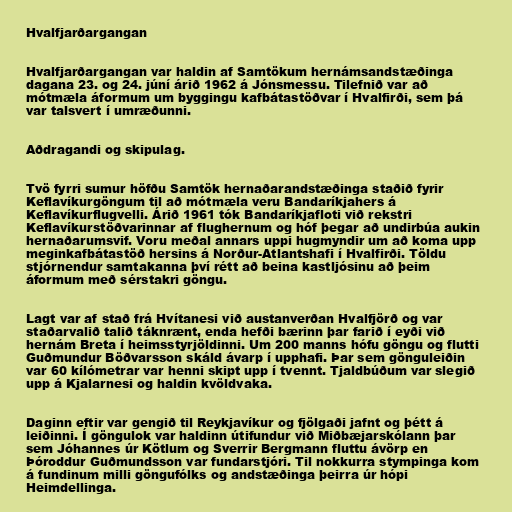
Hvalfjarðargangan

Hvalfjarðargangan var haldin af Samtökum hernámsandstæðinga
dagana 23. og 24. júní árið 1962 á Jónsmessu. Tilefnið var að
mótmæla áformum um byggingu kafbátastöðvar í Hvalfirði, sem þá
var talsvert í umræðunni.

Aðdragandi og skipulag.

Tvö fyrri sumur höfðu Samtök hernaðarandstæðinga staðið fyrir
Keflavíkurgöngum til að mótmæla veru Bandaríkjahers á
Keflavíkurflugvelli. Árið 1961 tók Bandaríkjafloti við rekstri
Keflavíkurstöðvarinnar af flughernum og hóf þegar að undirbúa aukin
hernaðarumsvif. Voru meðal annars uppi hugmyndir um að koma upp
meginkafbátastöð hersins á Norður-Atlantshafi í Hvalfirði. Töldu
stjórnendur samtakanna því rétt að beina kastljósinu að þeim
áformum með sérstakri göngu.

Lagt var af stað frá Hvítanesi við austanverðan Hvalfjörð og var
staðarvalið talið táknrænt, enda hefði bærinn þar farið í eyði við
hernám Breta í heimsstyrjöldinni. Um 200 manns hófu göngu og flutti
Guðmundur Böðvarsson skáld ávarp í upphafi. Þar sem gönguleiðin
var 60 kílómetrar var henni skipt upp í tvennt. Tjaldbúðum var slegið
upp á Kjalarnesi og haldin kvöldvaka.

Daginn eftir var gengið til Reykjavíkur og fjölgaði jafnt og þétt á
leiðinni. Í göngulok var haldinn útifundur við Miðbæjarskólann þar
sem Jóhannes úr Kötlum og Sverrir Bergmann fluttu ávörp en
Þóroddur Guðmundsson var fundarstjóri. Til nokkurra stympinga kom
á fundinum milli göngufólks og andstæðinga þeirra úr hópi
Heimdellinga.